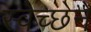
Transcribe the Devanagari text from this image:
स्वेच्छेनें